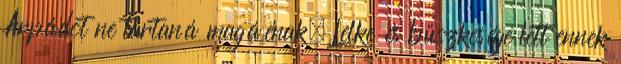
Árpádot ne tartaná magáénak. Lelke és büszkesége lett ennek